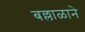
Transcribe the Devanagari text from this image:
बल्लाळाने